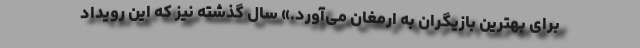
برای بهترین بازیگران به ارمغان می‌آورد.» سال گذشته نیز که این رویداد